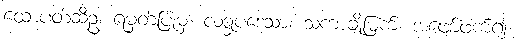
ထောပတ်ဆီဥ၊ ရမှတ်ပြုမှ၊ လဒ္ဓုပဒေသာ၊ သကာချိုမြက်၊ အဖျော်ဖက်၍၊